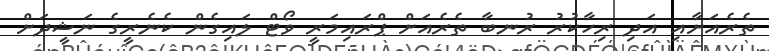
ތެރެއަށާއި އަދި ރިހާކުރު ރުނބާ ތެރެއަށް ޕްރައިމަރީ ވޯޓް ލައިގެން ކެނެރީގެ ނަޝީދަށް